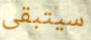
سيتبقى